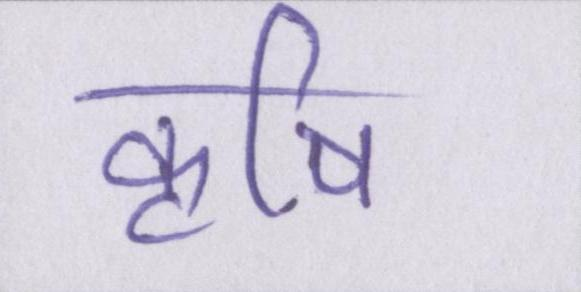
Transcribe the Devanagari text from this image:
कॄषि